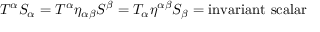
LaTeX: T ^ { \alpha } S _ { \alpha } = T ^ { \alpha } \eta _ { \alpha \beta } S ^ { \beta } = T _ { \alpha } \eta ^ { \alpha \beta } S _ { \beta } = { \mathrm { i n v a r i a n t ~ s c a l a r } }